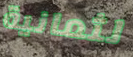
لثمانية